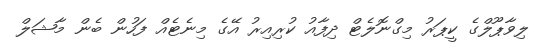
ލިވާޕޫލްގެ ކީޕަރު މިގްނޮލެޓް ދިފާއު ކުރިއިރު އޭގެ މިނެޓެއް ފަހުން ބެން މާޝަލް